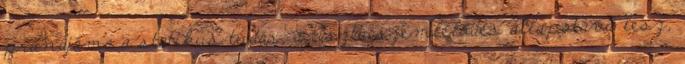
pránájáma a statikus tudás, a tiszta szemlélődés állapotává lesz,